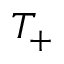
T _ { + }